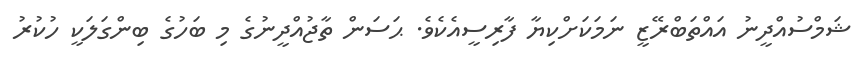
ޝަމްސުއްދީނު އައްތަބްރޭޒީ ނަމަކަށްކިޔާ ފާރިސީއެކެވެ. ޙަސަން ތާޖުއްދީނުގެ މި ބަހުގެ ބިންގަލަކީ ހުކުރު